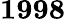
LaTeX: \mathbf{1998}